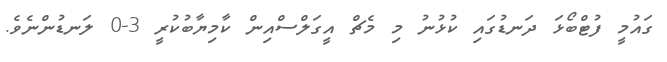
ގައުމީ ފުޓްބޯޅަ ދަނޑުގައި ކުޅުނު މި މެޗް އީގަލްސްއިން ކާމިޔާބުކުރީ 3-0 ލަނޑުންނެވެ.